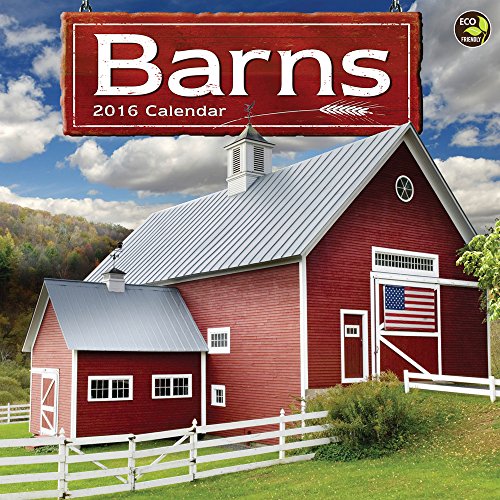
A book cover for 2016 Barns Wall Calendar; TF Publishing; Calendars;